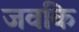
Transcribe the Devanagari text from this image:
जवकि